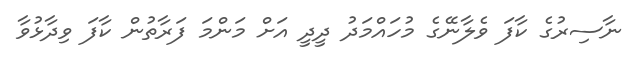
ނާސިރުގެ ކާފަ ވެލާނޭގެ މުހައްމަދު ދީދީ އަށް މަންމަ ފަރާތުން ކާފަ ވިދާޅުވާ